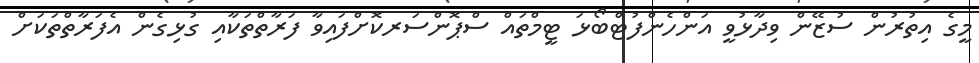
މީގެ އިތުރުން ސުޒޭން ވިދާޅުވީ އަންހެންފުޓްބޯޅަ ޓީމްތައް ސްޕޮންސަރކޮށްފައިވާ ފަރާތްތަކާއި ގުޅިގެން އެފަރާތްތަކަށް